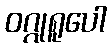
ဝဂ္ဂုရူပေါ